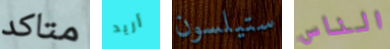
متاكد أريد ستيلسون الناس